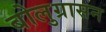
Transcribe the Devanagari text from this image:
बोलुग्रासन